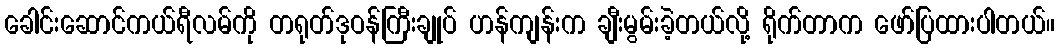
ခေါင်းဆောင်ကယ်ရီလမ်ကို တရုတ်ဒုဝန်ကြီးချုပ် ဟန်ကျန်းက ချီးမွမ်းခဲ့တယ်လို့ ရိုက်တာက ဖော်ပြထားပါတယ်။